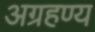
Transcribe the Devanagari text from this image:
अग्रहण्य